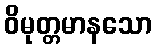
ဝိမုတ္တမာနသော